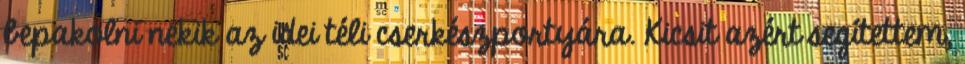
bepakolni nekik az idei téli cserkészportyára. Kicsit azért segítettem,